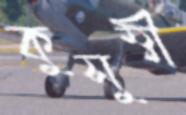
কুসুম্বী